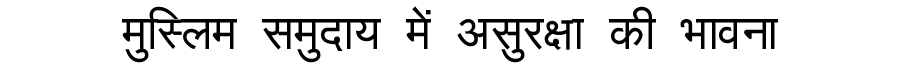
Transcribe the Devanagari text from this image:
मुस्लिम समुदाय में असुरक्षा की भावना